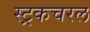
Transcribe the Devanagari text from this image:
स्ट्रकचरल